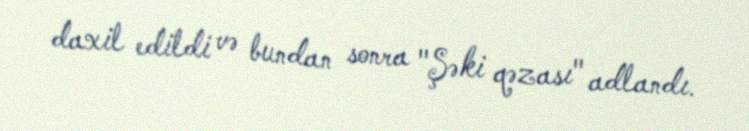
daxil edildi və bundan sonra "Şəki qəzası" adlandı.